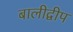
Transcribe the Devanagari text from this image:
बालीद्वीप